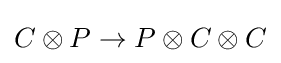
C\otimes P\to P\otimes C\otimes C